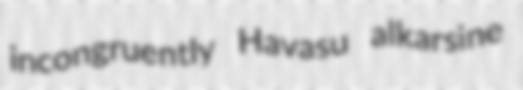
incongruently Havasu alkarsine